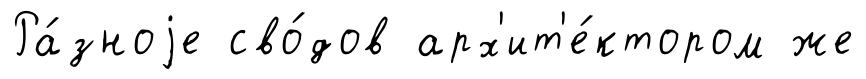
Ра́зноjе сво́дов арх'ит'е́ктором же